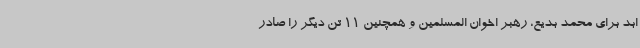
ابد برای محمد بدیع، رهبر اخوان المسلمین و همچنین 11 تن دیگر را صادر